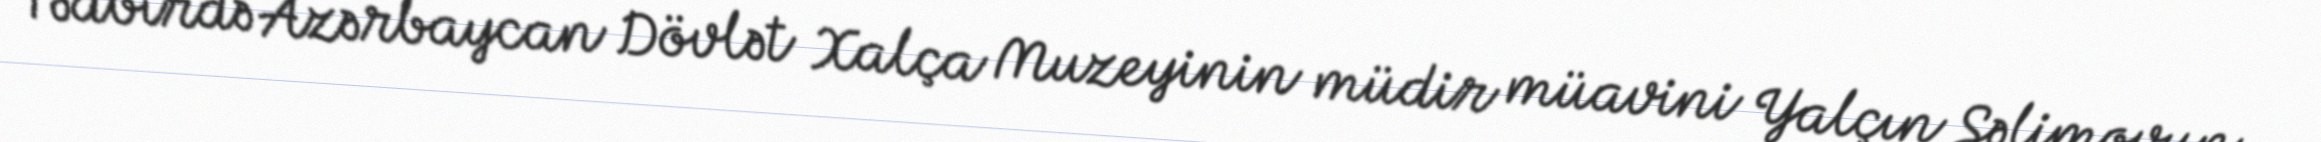
Tədbirdə Azərbaycan Dövlət Xalça Muzeyinin müdir müavini Yalçın Səlimovun